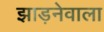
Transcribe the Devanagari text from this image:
झाड़नेवाला